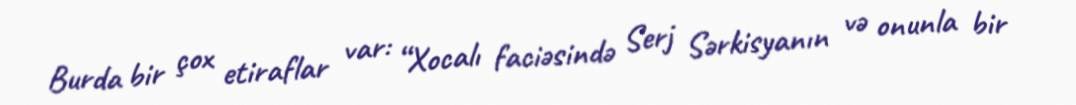
Burda bir çox etiraflar var: “Xocalı faciəsində Serj Sərkisyanın və onunla bir